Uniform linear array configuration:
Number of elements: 32
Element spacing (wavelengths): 1
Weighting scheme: exponential
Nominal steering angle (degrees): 45
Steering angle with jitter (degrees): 45.743
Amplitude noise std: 0.05
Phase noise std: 0.05

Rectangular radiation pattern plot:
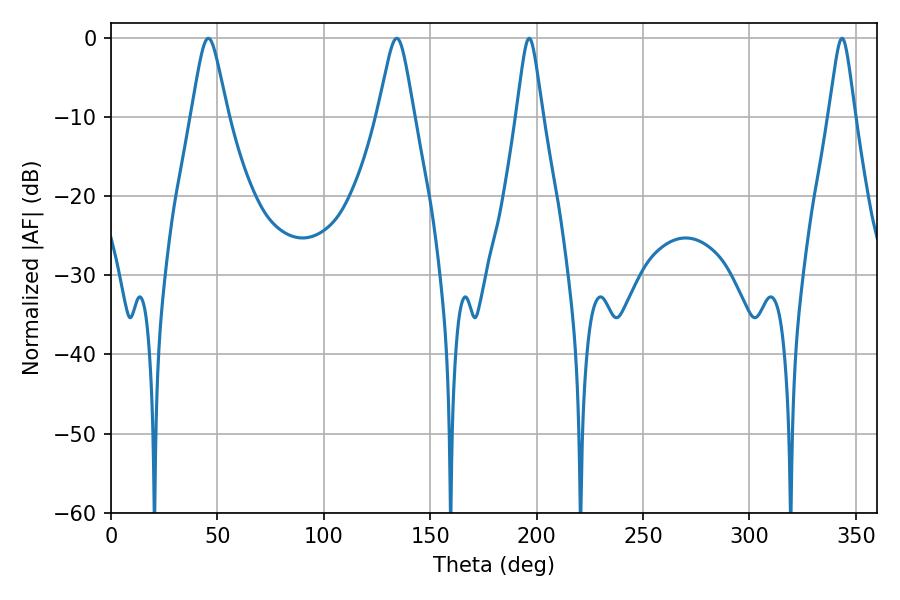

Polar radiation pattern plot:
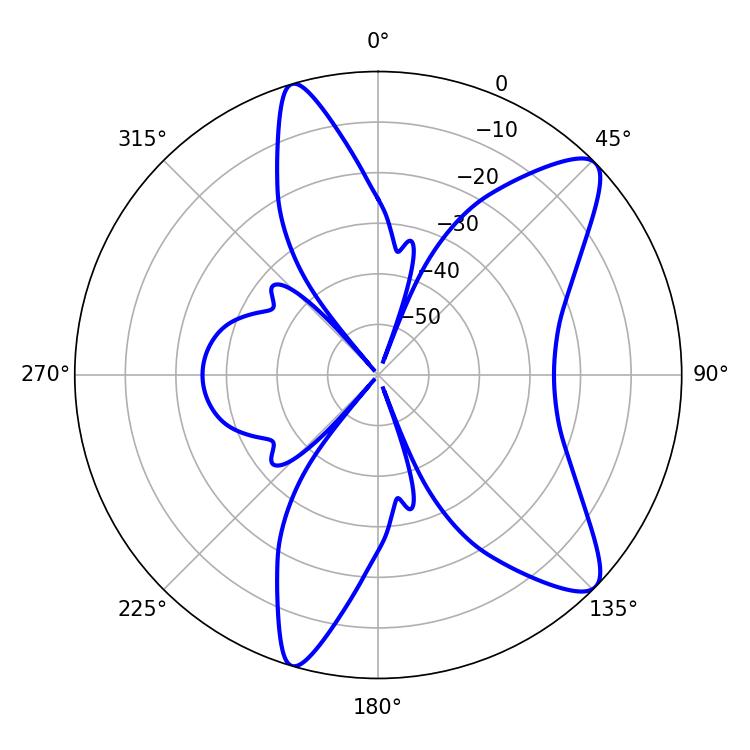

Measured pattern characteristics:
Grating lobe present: TRUE
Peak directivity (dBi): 10.433
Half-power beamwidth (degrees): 8.1
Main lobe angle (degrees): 45.72